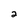
Character: 2